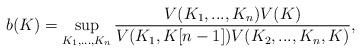
LaTeX: \begin{align*}b(K)=\sup_{K_1, ... , K_n} \frac{V(K_1, ... , K_n) V(K)}{V(K_1, K[n-1]) V(K_2, ... , K_n , K)},\end{align*}